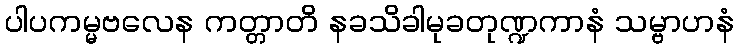
ပါပကမ္မဗလေန ကတ္တာတိ နခသိခါမုခတုဏ္ဍကာနံ သမ္ဗာဟနံ